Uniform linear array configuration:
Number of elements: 16
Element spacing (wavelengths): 0.25
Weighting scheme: hamming
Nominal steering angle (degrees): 15
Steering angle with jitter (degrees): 14.239
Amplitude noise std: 0.05
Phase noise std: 0.05

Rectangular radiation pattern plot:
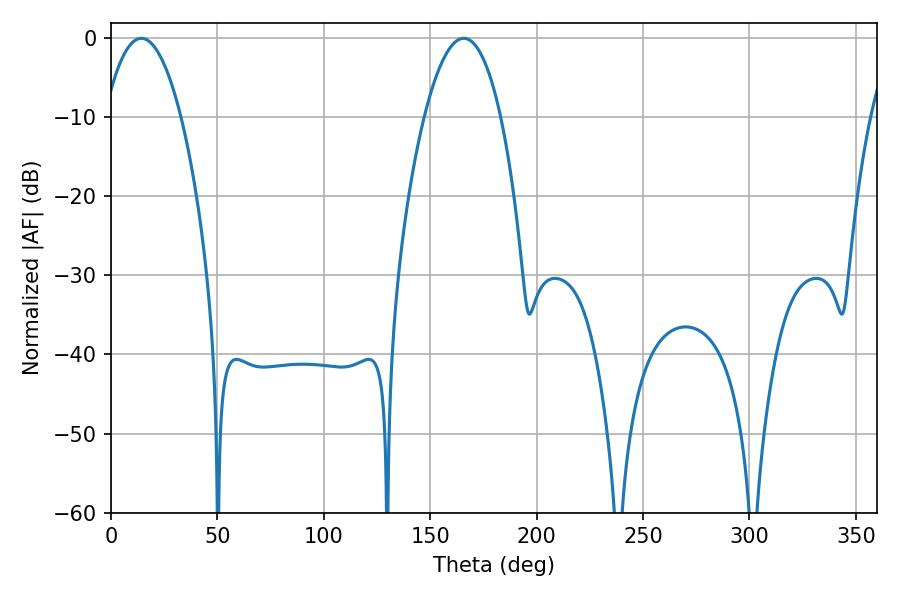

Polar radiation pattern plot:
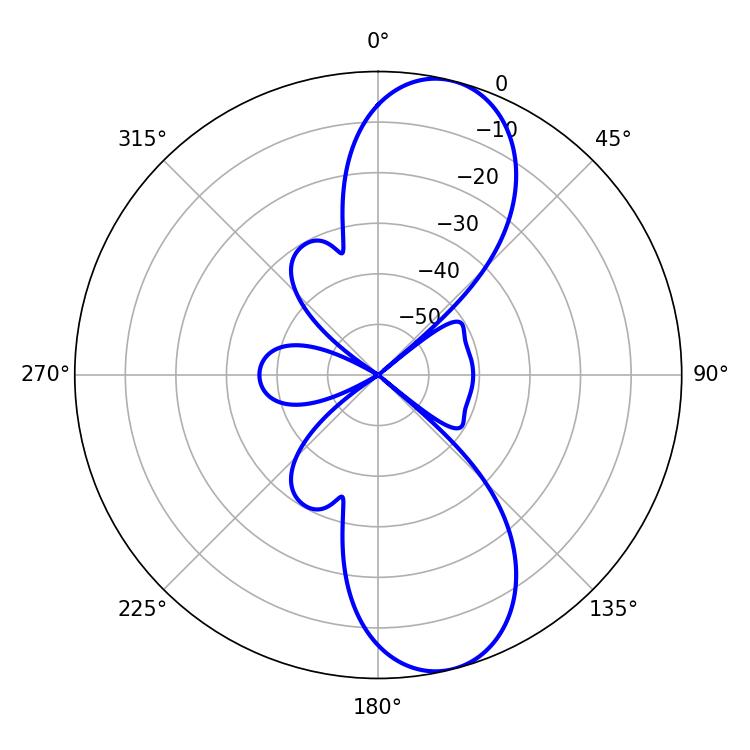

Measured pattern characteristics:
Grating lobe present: FALSE
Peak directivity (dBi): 10.345
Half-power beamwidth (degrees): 19.98
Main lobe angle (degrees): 165.78